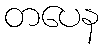
တပေန